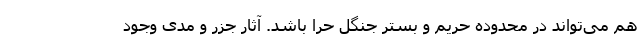
هم می‌تواند در محدوده حریم و بستر جنگل حرا باشد. آثار جزر و مدی وجود